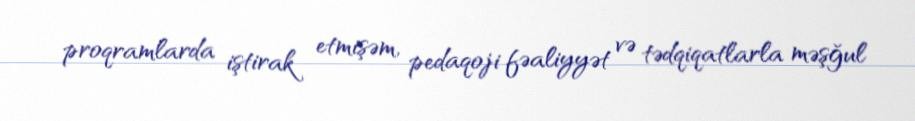
proqramlarda iştirak etmişəm, pedaqoji fəaliyyət və tədqiqatlarla məşğul